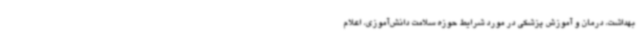
بهداشت، درمان و آموزش پزشکی در مورد شرایط حوزه سلامت دانش‌آموزی، اعلام